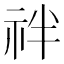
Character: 𥘽